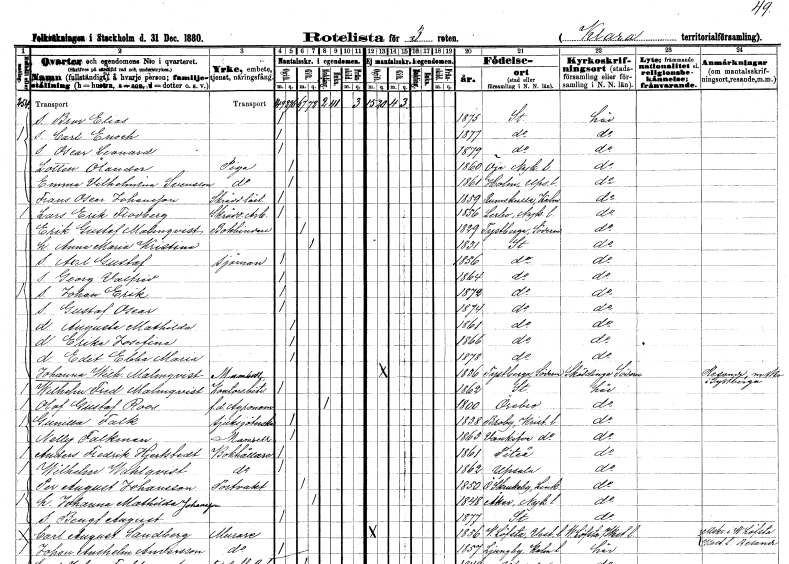
gt_parse: households: individuals: FN: Bror Elias
KON: M
CIV: O
FODAR: 1875
FODFORS: Stockholm
FN: Carl Enoch
KON: M
CIV: O
FODAR: 1877
FODFORS: Stockholm
FN: Oscar Leonard
KON: M
CIV: O
FODAR: 1879
FODFORS: Stockholm
FN: Lotten
EN: Ölander
YRKE: Piga
KON: K
CIV: O
FODAR: 1860
FODFORS: Öja Södermanlands län
FN: Emma Vilhelmina
EN: Svensson
YRKE: Piga
KON: K
CIV: O
FODAR: 1861
FODFORS: Holm Uppsala län
FN: Frans Oscar
EN: Johansson
YRKE: Skräddarelärling
KON: M
CIV: O
FODAR: 1859
FODFORS: Rumskulla Kalmar län
FN: Lars Erik
EN: Flodberg
YRKE: Skrädderiarbetare
KON: M
CIV: O
FODAR: 1856
FODFORS: Lerbo Södermanlands län
FN: Erik Gustaf
EN: Malmqvist
YRKE: Bokbindare
KON: M
CIV: G
FODAR: 1829
FODFORS: Tystberga Södermanlands län
FN: Anna Maria
EN: Kristina
KON: K
CIV: G
FODAR: 1831
FODFORS: Stockholm
FN: Axel Gustaf
YRKE: Sjöman
KON: M
CIV: O
FODAR: 1856
FODFORS: Stockholm
FN: Georg Valfrid
KON: M
CIV: O
FODAR: 1864
FODFORS: Stockholm
FN: Johan Erik
KON: M
CIV: O
FODAR: 1872
FODFORS: Stockholm
FN: Gustaf Oscar
KON: M
CIV: O
FODAR: 1874
FODFORS: Stockholm
FN: Augusta Mathilda
KON: K
CIV: O
FODAR: 1861
FODFORS: Stockholm
FN: Erika Josefina
KON: K
CIV: O
FODAR: 1866
FODFORS: Stockholm
FN: Edit Ebba Maria
KON: K
CIV: O
FODAR: 1878
FODFORS: Stockholm
FN: Johanna Wilhelmina
EN: Malmqvist
KON: K
CIV: O
FODAR: 1836
FODFORS: Tystberga Södermanlands län
FN: Wilhelm Fredrik
EN: Malmqvist
YRKE: Kontorsbiträde
KON: M
CIV: O
FODAR: 1862
FODFORS: Stockholm
FN: Olof Gustaf
EN: Roos
YRKE: Agronom f.d.
KON: M
CIV: E
FODAR: 1800
FODFORS: Örebro Örebro län
FN: Gunilla
EN: Falk
YRKE: Sjuksköterska
KON: K
CIV: O
FODAR: 1838
FODFORS: Broby Kristianstads län
FN: Nelly
EN: Falkman
KON: K
CIV: O
FODAR: 1863
FODFORS: Vankiva Kristianstads län
FN: Anders Fredrik
EN: Hjertstedt
YRKE: Bokhållare
KON: M
CIV: O
FODAR: 1861
FODFORS: Piteå Norrbottens län
FN: Wilhelm
EN: Wahlqvist
YRKE: Bokhållare
KON: M
CIV: O
FODAR: 1862
FODFORS: Uppsala Uppsala län
FN: Per August
EN: Johansson
YRKE: Portvakt
KON: M
CIV: G
FODAR: 1850
FODFORS: Östra Skrukeby Östergötlands län
FN: Johanna Mathilda
EN: Johansson
KON: K
CIV: G
FODAR: 1848
FODFORS: Åker Södermanlands län
FN: Bengt August
KON: M
CIV: O
FODAR: 1877
FODFORS: Stockholm
FN: Carl August
EN: Sandberg
YRKE: Murare
KON: M
CIV: O
FODAR: 1856
FODFORS: Västerlövsta Västmanlands län
FN: Johan Anshelm
EN: Andersson
YRKE: Murare
KON: M
CIV: O
FODAR: 1857
FODFORS: Ljungby Kalmar län